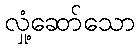
လှုံ့ဆော်သော